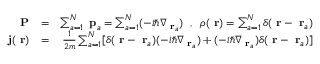
\begin{array} { r l r } { \mathrm { \bf ~ P } } & { = } & { \sum _ { a = 1 } ^ { N } \mathrm { \bf ~ p } _ { a } = \sum _ { a = 1 } ^ { N } ( - i \hbar \nabla _ { \mathrm { \bf ~ r } _ { a } } ) \; \; , \; \; \rho ( \mathrm { \bf ~ r } ) = \sum _ { a = 1 } ^ { N } \delta ( \mathrm { \bf ~ r } - \mathrm { \bf ~ r } _ { a } ) } \\ { \mathrm { \bf ~ j } ( \mathrm { \bf ~ r } ) } & { = } & { \frac { 1 } { 2 m } \sum _ { a = 1 } ^ { N } [ \delta ( \mathrm { \bf ~ r } - \mathrm { \bf ~ r } _ { a } ) ( - i \hbar \nabla _ { \mathrm { \bf ~ r } _ { a } } ) + ( - i \hbar \nabla _ { \mathrm { \bf ~ r } _ { a } } ) \delta ( \mathrm { \bf ~ r } - \mathrm { \bf ~ r } _ { a } ) ] } \end{array}